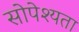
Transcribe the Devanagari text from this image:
सोपेश्यता